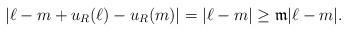
LaTeX: \begin{align*}|\ell - m + u_{R}(\ell) - u_{R}(m)| = |\ell - m| \geq \frak{m} |\ell - m|. \end{align*}